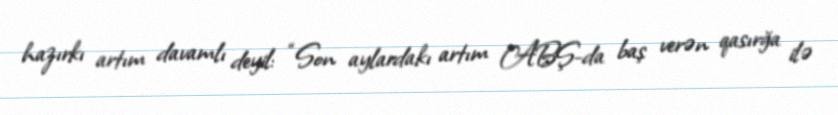
hazırkı artım davamlı deyil: “Son aylardakı artım ABŞ-da baş verən qasırğa ilə